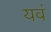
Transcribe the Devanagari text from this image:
यवं